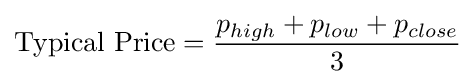
{\text{Typical Price}}={\frac {p_{high}+p_{low}+p_{close}}{3}}